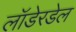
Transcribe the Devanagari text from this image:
लॉडेरडेल